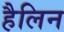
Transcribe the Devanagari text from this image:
हैलिन